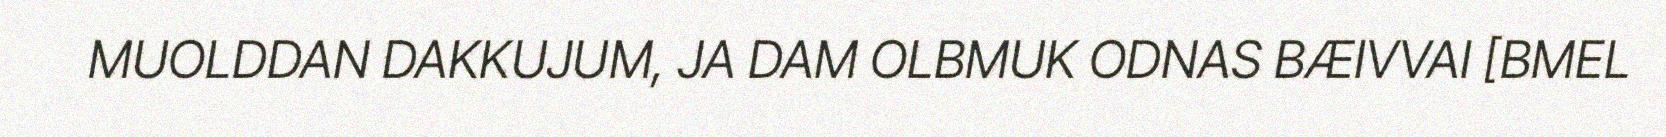
MUOLDDAN DAKKUJUM, JA DAM OLBMUK ODNAS BÆIVVAI [BMEL